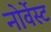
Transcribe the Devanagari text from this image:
नोर्वेस्ट